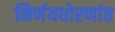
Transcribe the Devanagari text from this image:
निर्णयधोरणांत